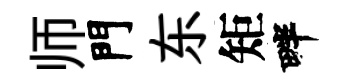
师門东矩畔